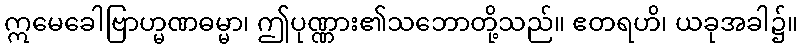
ဣမေခေါဗြာဟ္မဏဓမ္မာ၊ ဤပုဏ္ဏား၏သဘောတို့သည်။ ဧတရဟိ၊ ယခုအခါ၌။